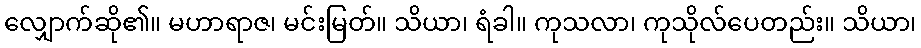
လျှောက်ဆို၏။ မဟာရာဇ၊ မင်းမြတ်။ သိယာ၊ ရံခါ။ ကုသလာ၊ ကုသိုလ်ပေတည်း။ သိယာ၊